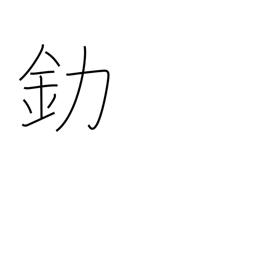
Meaning: gold